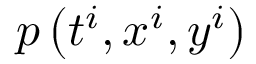
p \left( t ^ { i } , x ^ { i } , y ^ { i } \right)